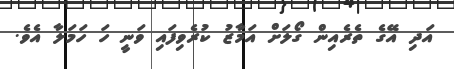
އަދި އޭގެ ތެރެއިން ގޯލަށް އަމާޒު ކުރެވިފައި ވަނީ ހަ ހަމަލާ އެވެ.